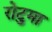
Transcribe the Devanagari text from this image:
रोटुमा